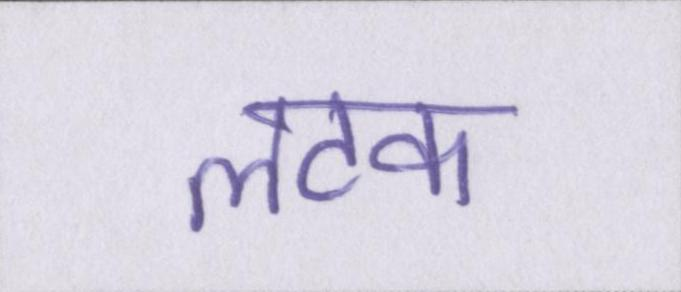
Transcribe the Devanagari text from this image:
लटक